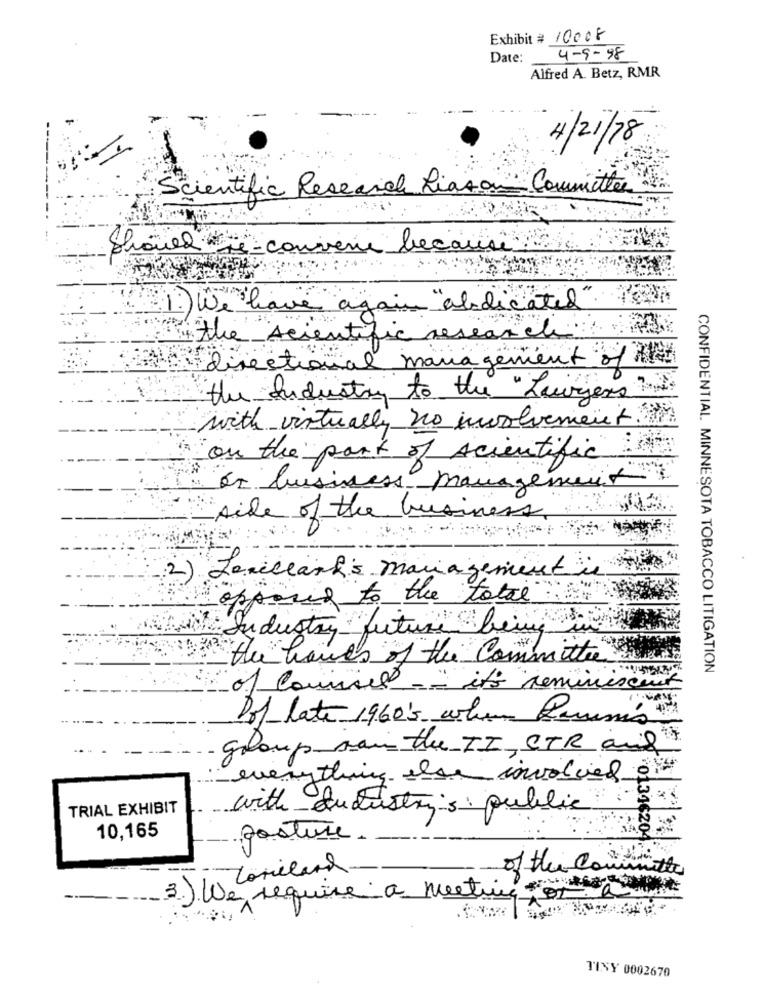
Exhibit # 10008
Date:
4-9-98
Alfred A. Betz, RMR
82/12/H
Scientific Research Liason Committe
Shared je
de-converse
because
1) We have again "abdicated
the scientific research
directional management of
the dudusting to the "Lauge
with virtually no involvement
on the part of scientific
en business management
-side of the business.
2) Lesclark's management
opposed to the total
Industry future being is
haves of the Committe
CONFIDENTIAL. MINNESOTA TOBACCO LITIGATION
Q -- it's reminisce
Dol late 1960's when Raum's
group sain the TI, STR and
everything else involved
TRIAL EXHIBIT
with dulustry's public
10,165
posture.
01346204
Zorieland.
of the contain
3. ) We require a meeting of a
TINY 0002670